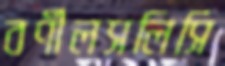
বর্ণীলসলিসি